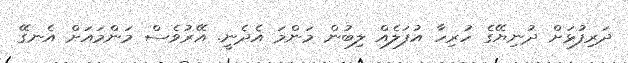
ދަރިފުޅަށް ދުނިޔޭގެ ހުރިހާ އުފަލެއް ލިބުން މަންމަ އެދެނީ. އޭރުވެސް މަންމައަށް އެނގޭ